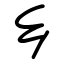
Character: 乡